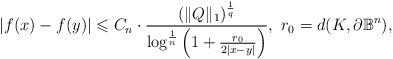
LaTeX: \begin{align*}|f(x)-f(y)|\leqslant C_n \cdot\frac{(\Vert Q\Vert_1)^{\frac{1}{q}}}{\log^{\frac{1}{n}}\left(1+\frac{r_0}{2|x-y|}\right)}, \,\,r_0 =d(K, \partial {\mathbb B}^n),\end{align*}